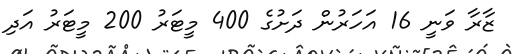
ޒާރާ ވަނީ 16 އަހަރުން ދަށުގެ 400 މީޓަރު 200 މީޓަރު އަދި